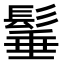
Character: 𩭦